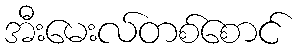
အီးမေးလ်တစ်စောင်